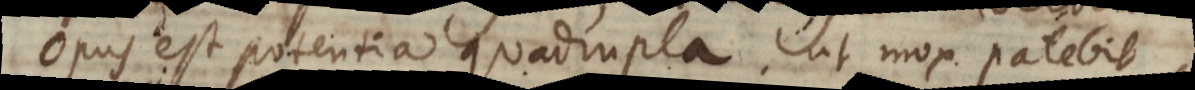
opus est potentia quadrupla, ut mox patebit.